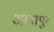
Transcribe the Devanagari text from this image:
आनापुर